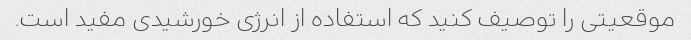
موقعیتی را توصیف کنید که استفاده از انرژی خورشیدی مفید است.